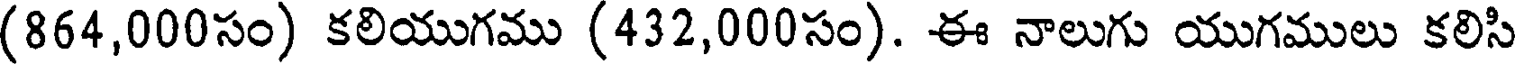
(864,000సం) కలియుగము (432,000సం). ఈ నాలుగు యుగములు కలిసి